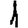
Digit: 1